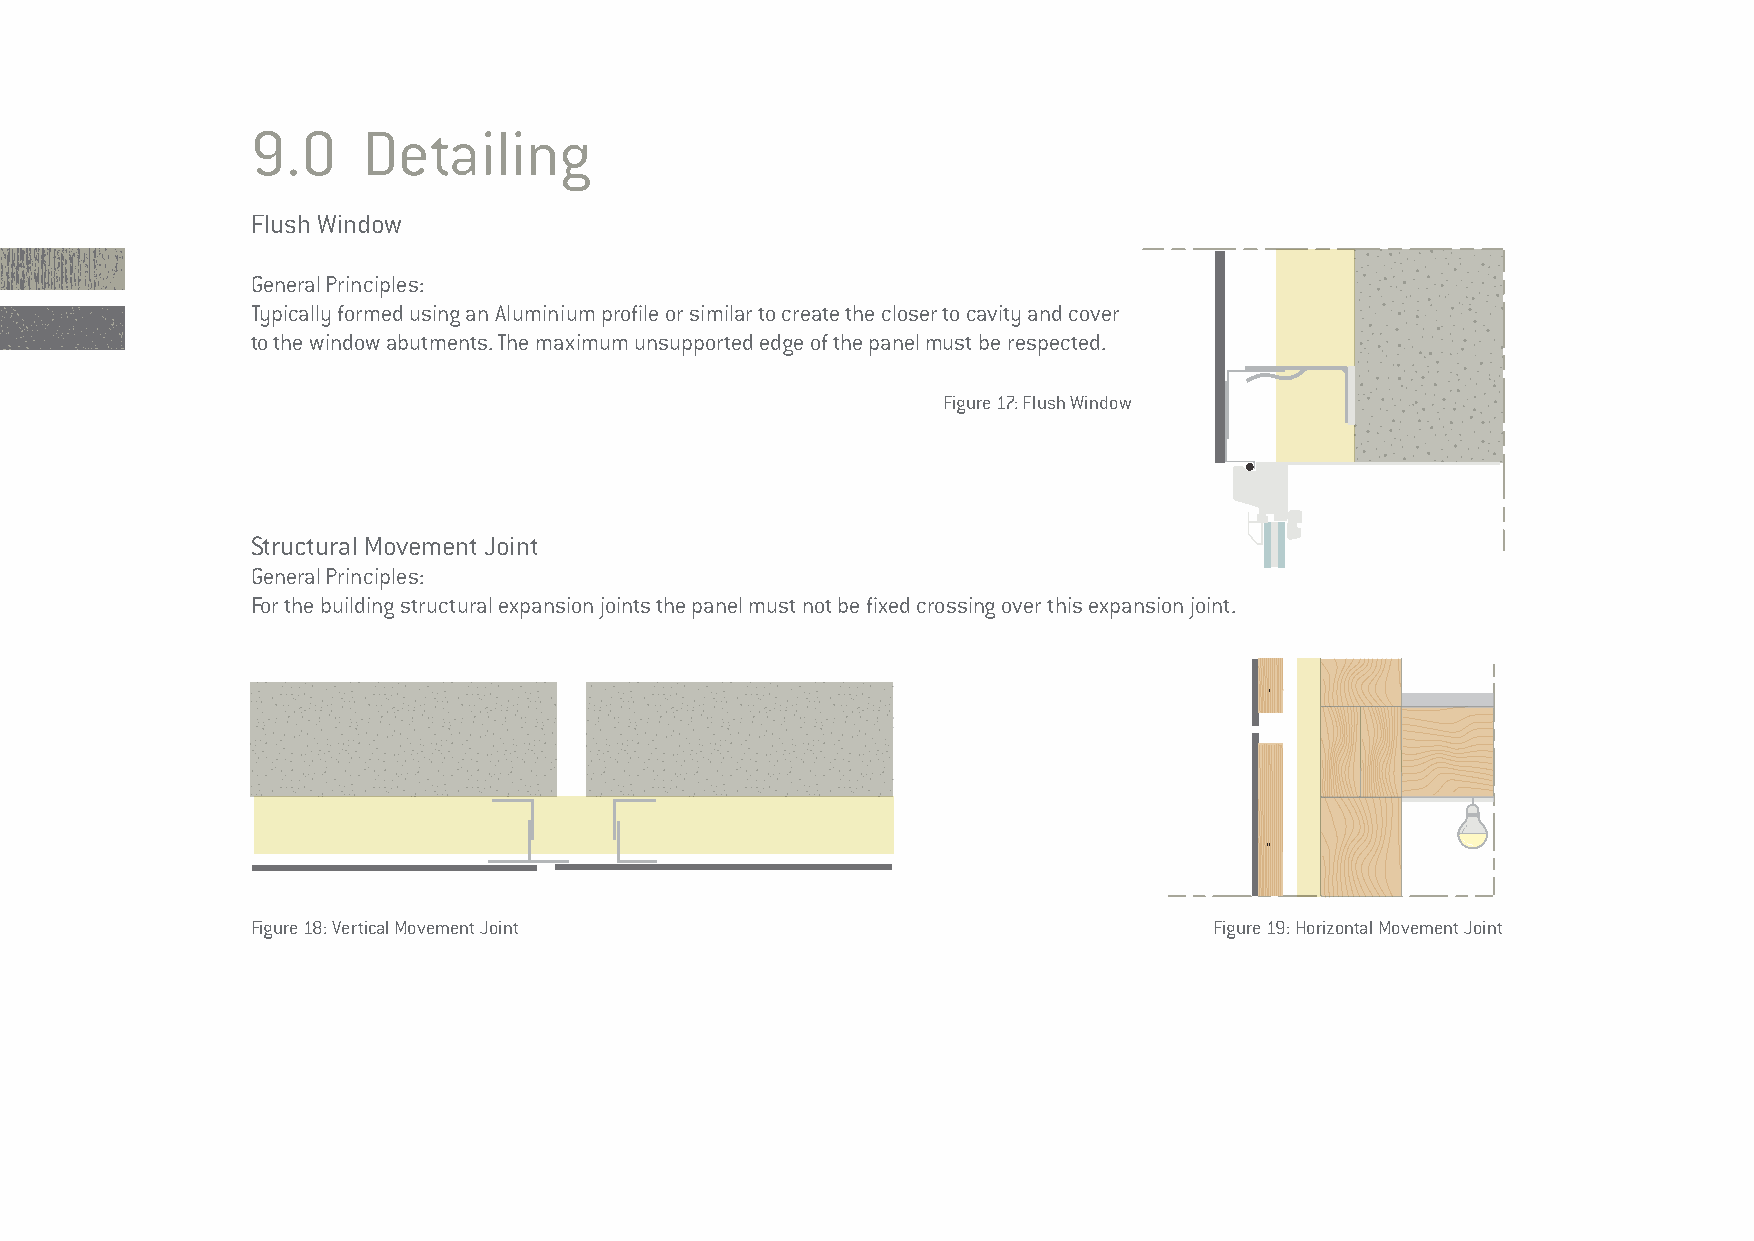
9.0    Detailing
 Flush Window
 General Principles:
 Typically formed using an Aluminium profile or similar to create the closer to cavity and cover
 to the window abutments. The maximum unsupported edge of the panel must be respected.
 Figure 17: Flush Window
 Structural Movement Joint
 General Principles:
 For the building structural expansion joints the panel must not be fixed crossing over this expansion joint.
 Figure 18: Vertical Movement Joint                             Figure 19: Horizontal Movement Joint